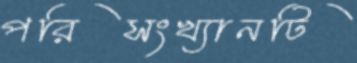
পরিসংখ্যানটি